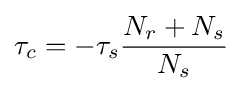
\tau _{c}=-\tau _{s}{\frac {N_{r}+N_{s}}{N_{s}}}